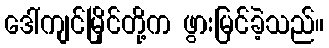
ဒေါ်ကျင်မြိုင်တို့က ဖွားမြင်ခဲ့သည်။